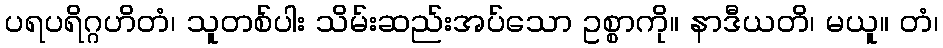
ပရပရိဂ္ဂဟိတံ၊ သူတစ်ပါး သိမ်းဆည်းအပ်သော ဥစ္စာကို။ နာဒီယတိ၊ မယူ။ တံ၊